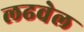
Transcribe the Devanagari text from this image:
लढवेल